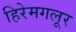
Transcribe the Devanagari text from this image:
हिरेमगलूर